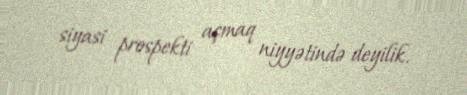
siyasi prospekti açmaq niyyətində deyilik.